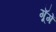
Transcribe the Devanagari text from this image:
गूॅगें